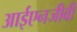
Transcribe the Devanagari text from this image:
आईएनजीवी